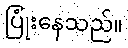
ပြုံးနေသည်။